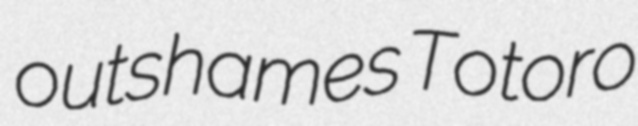
outshames Totoro